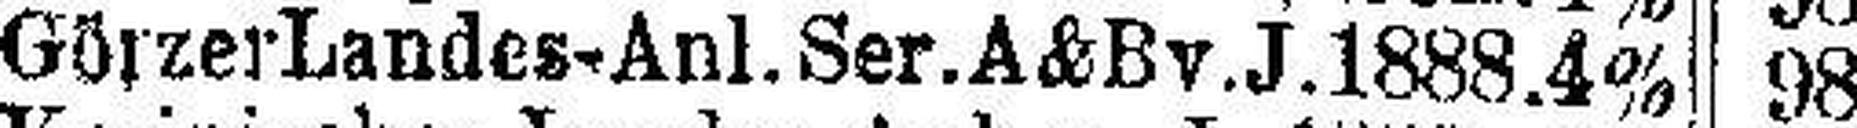
Görzer Landes-Anl. Ser. A&B v. J. 1888. 4%